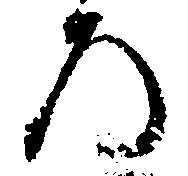
ろ